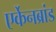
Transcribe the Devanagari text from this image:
एर्केनब्रांड